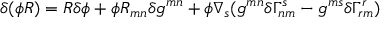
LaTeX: \delta ( \phi R ) = R \delta \phi + \phi R _ { m n } \delta g ^ { m n } + \phi \nabla _ { s } ( g ^ { m n } \delta \Gamma _ { n m } ^ { s } - g ^ { m s } \delta \Gamma _ { r m } ^ { r } )